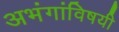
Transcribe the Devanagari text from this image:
अभंगांविषयी